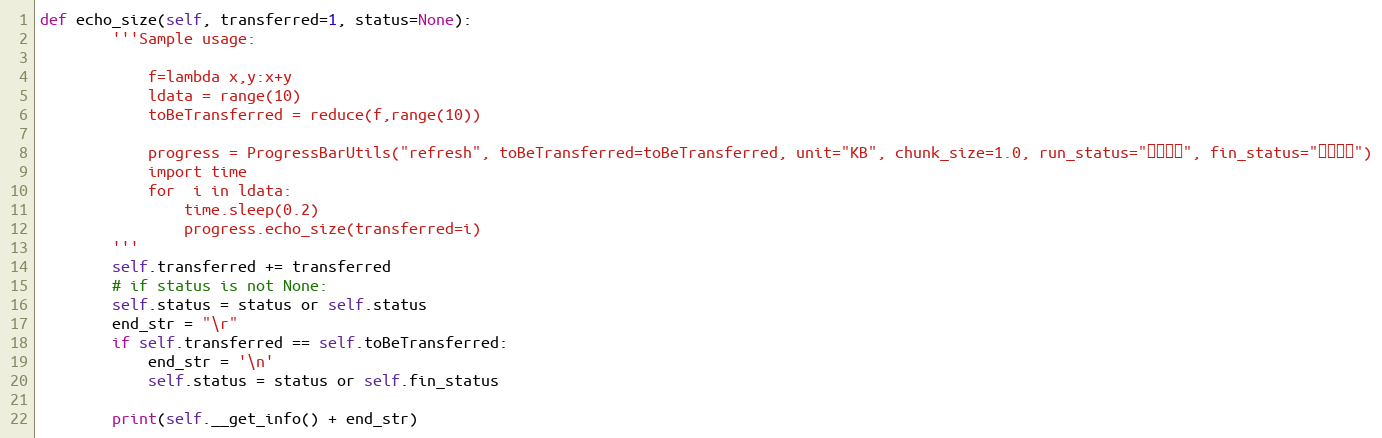
Language: Python
def echo_size(self, transferred=1, status=None):
        '''Sample usage:

            f=lambda x,y:x+y
            ldata = range(10)
            toBeTransferred = reduce(f,range(10))

            progress = ProgressBarUtils("refresh", toBeTransferred=toBeTransferred, unit="KB", chunk_size=1.0, run_status="正在下载", fin_status="下载完成")
            import time
            for  i in ldata:
                time.sleep(0.2)
                progress.echo_size(transferred=i)
        '''
        self.transferred += transferred
        # if status is not None:
        self.status = status or self.status
        end_str = "\r"
        if self.transferred == self.toBeTransferred:
            end_str = '\n'
            self.status = status or self.fin_status

        print(self.__get_info() + end_str)